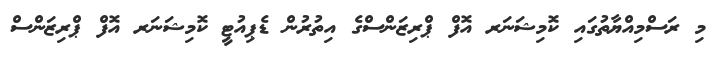
މި ރަސްމިއްޔާތުގައި ކޮމިޝަނަރ އޮފް ޕްރިޒަންސްގެ އިތުރުން ޑެޕިއުޓީ ކޮމިޝަނަރ އޮފް ޕްރިޒަންސް